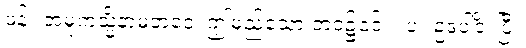
ဖန်။ အမုကသ္မိံနာမဘဝေ၊ ဤမည်သော ဘဝ၌၎င်း။ ပ။ ဥဒပါဒိံ၊ ပြီ။